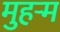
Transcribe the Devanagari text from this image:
मुहर्‍म